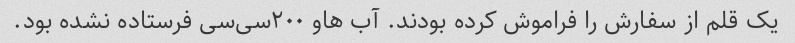
یک قلم از سفارش‌ را فراموش کرده بودند. آب هاو ۲۰۰سی‌سی فرستاده نشده بود.